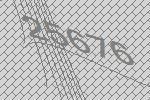
25676